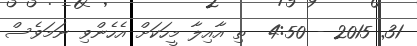
31